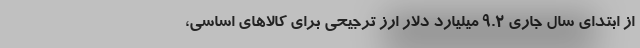
از ابتدای سال جاری 9.2 میلیارد دلار ارز ترجیحی برای کالاهای اساسی،